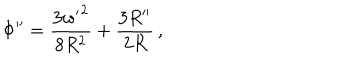
\Phi ^ { \prime \prime } = \frac { 3 { w ^ { \prime } } ^ { 2 } } { 8 R ^ { 2 } } + \frac { 3 R ^ { \prime \prime } } { 2 R } \, ,